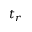
t _ { r }